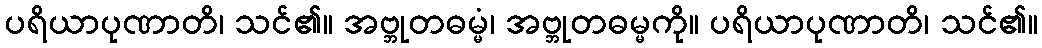
ပရိယာပုဏာတိ၊ သင်၏။ အဗ္ဘုတဓမ္မံ၊ အဗ္ဘုတဓမ္မကို။ ပရိယာပုဏာတိ၊ သင်၏။